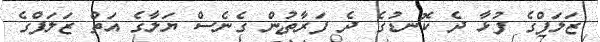
ޒަލަފްގެ ފުޅާ ދެ ކޮނޑުގެ ދެ ފަރާތުން ގެނެސް ޔަލާގެ އަތް ޒަލަފްގެ